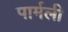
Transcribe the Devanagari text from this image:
पार्मली